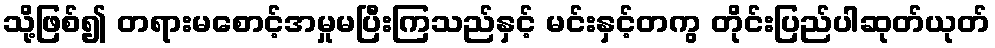
သို့ဖြစ်၍ တရားမစောင့်အမှုမပြီးကြသည်နှင့် မင်းနှင့်တကွ တိုင်းပြည်ပါဆုတ်ယုတ်